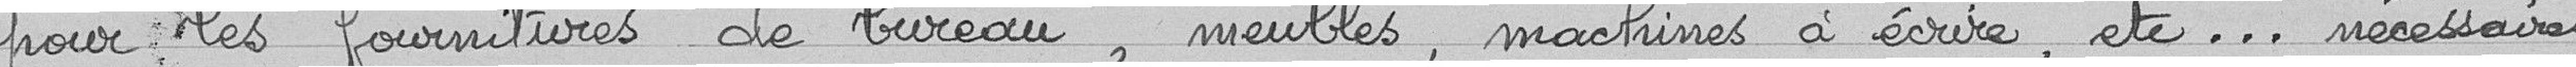
pour les fournitures de bureau, meubles, machines à écrire, etc...nécessaires